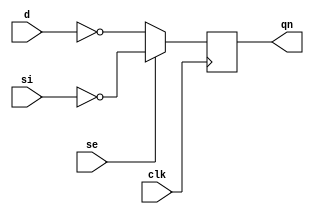
//#############################################################################
//# Function: Positive edge-triggered inverting static D-type flop-flop       #
//#           with scan input.                                                #
//# Copyright: OH Project Authors. ALl rights Reserved.                       #
//# License:  MIT (see LICENSE file in OH repository)                         # 
//#############################################################################

module oh_sdffqn #(parameter DW = 1) // array width
   (
    input [DW-1:0] 	d,
    input [DW-1:0] 	si,
    input [DW-1:0] 	se,
    input [DW-1:0] 	clk, 
    output reg [DW-1:0] qn
    );
   
   always @ (posedge clk)
     qn <= se ? ~si : ~d;
      
endmodule